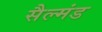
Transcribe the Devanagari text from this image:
सैल्मंड